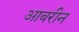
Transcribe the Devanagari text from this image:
आबरीन